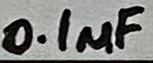
Text: 0.1µF